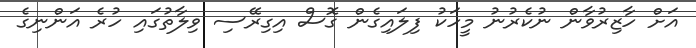
އަށް ހާޒިރުވާން ނުކެރުނު މީހަކު ފިލައިގެން ގޮސް އިގިރޭސި ވިލާތުގައި ހުރެ އަންނިގެ